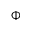
\Phi